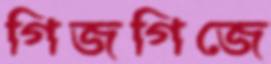
গিজগিজে